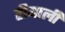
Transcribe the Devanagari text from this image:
हीयाली